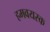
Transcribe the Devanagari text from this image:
हमवयस्क